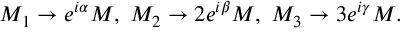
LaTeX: M _ { 1 } \rightarrow e ^ { i \alpha } M , \; M _ { 2 } \rightarrow 2 e ^ { i \beta } M , \; M _ { 3 } \rightarrow 3 e ^ { i \gamma } M .